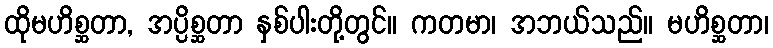
ထိုမဟိစ္ဆတာ, အပ္ပိစ္ဆတာ နှစ်ပါးတို့တွင်။ ကတမာ၊ အဘယ်သည်။ မဟိစ္ဆတာ၊